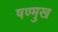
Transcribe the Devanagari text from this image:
षण्मुख